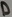
Text: D